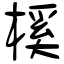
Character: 榽